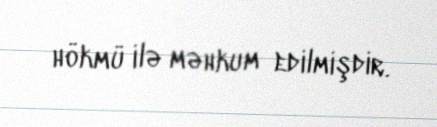
hökmü ilə məhkum edilmişdir.